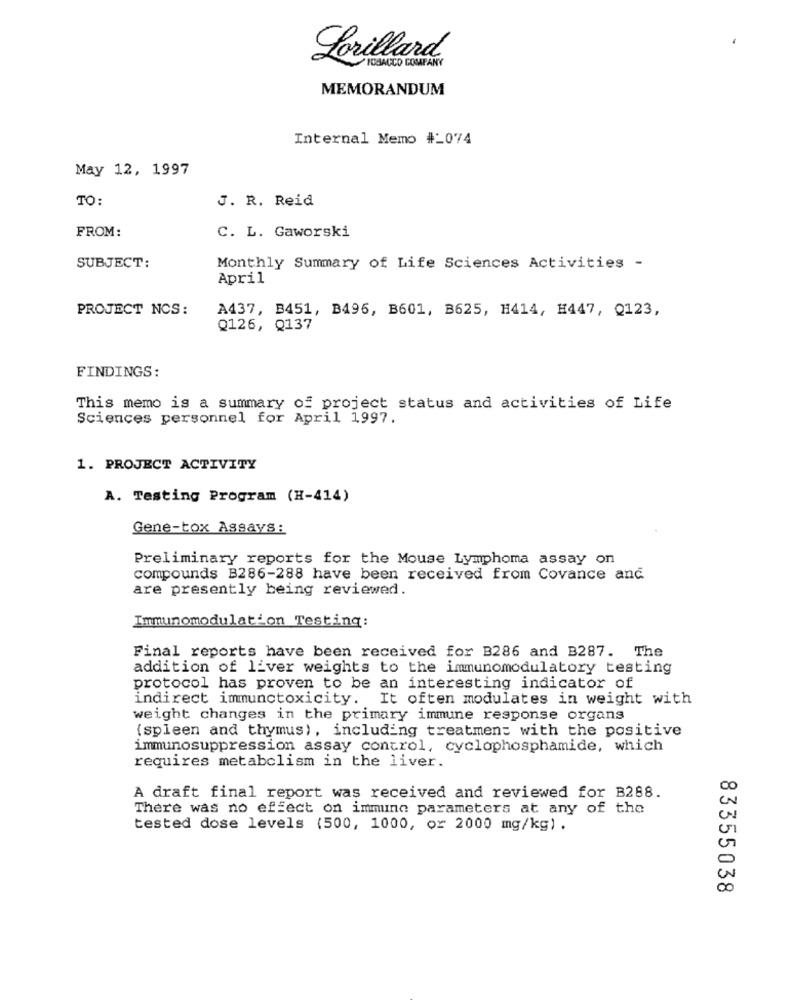
Lorillard
TOBACCO COMPANY
MEMORANDUM
Internal Memo #_074
May 12, 1997
TO:
J. R. Reid
FROM:
C. L. Gaworski
SUBJECT:
Monthly Summary of Life Sciences Activities -
April
PROJECT NCS:
A437, B451, B496, B601, B625, #414, H447, Q123,
Q126, Q137
FINDINGS:
This memo is a summary of project status and activities of Life
Sciences personnel for April 1997.
1. PROJECT ACTIVITY
A. Testing Program (H-414)
Gene-tox Assays:
Preliminary reports for the Mouse Lymphoma assay on
compounds B286-288 have been received from Covance and
are presently being reviewed.
Immunomodulation Testing:
Final reports have been received for B286 and B287. The
addition of liver weights to the immunomodulatory testing
protocol has proven to be an interesting indicator of
indirect immunctoxicity. It often modulates in weight with
weight changes in the primary immune response organs
(spleen and thymus), including treatment with the positive
immunosuppression assay control, cyclophosphamide, which
requires metabolism in the liver.
A draft final report was received and reviewed for B288.
EN
There was no effect on immuno parameters at any of the
tested dose levels (500, 1000, or 2000 mg/kg) .
00
83355038